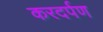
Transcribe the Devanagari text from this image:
करदर्पण